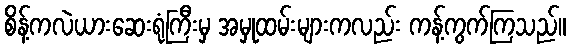
စိန့်ကလဲယားဆေးရုံကြီးမှ အမှုထမ်းများကလည်း ကန့်ကွက်ကြသည်။